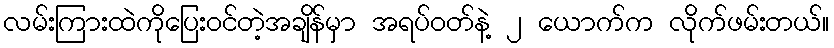
လမ်းကြားထဲကိုပြေးဝင်တဲ့အချိန်မှာ အရပ်ဝတ်နဲ့ ၂ ယောက်က လိုက်ဖမ်းတယ်။